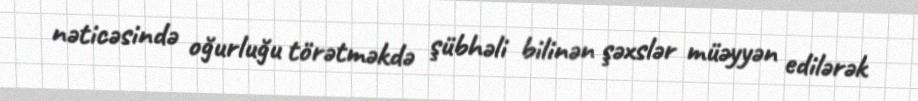
nəticəsində oğurluğu törətməkdə şübhəli bilinən şəxslər müəyyən edilərək